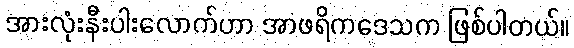
အားလုံးနီးပါးလောက်ဟာ အာဖရိကဒေသက ဖြစ်ပါတယ်။